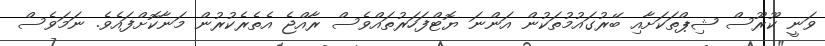
ވަނީ ކޫރޫސް ޝިޕްތަކަށާއި ބޭރުގައުމުތަކުން އަންނަ ޔޮޓްފަހަރުތައްވެސް ރާއްޖެ އެތެރެކުރުން މަނާކޮށްފައެވެ. ނަމަވެސް